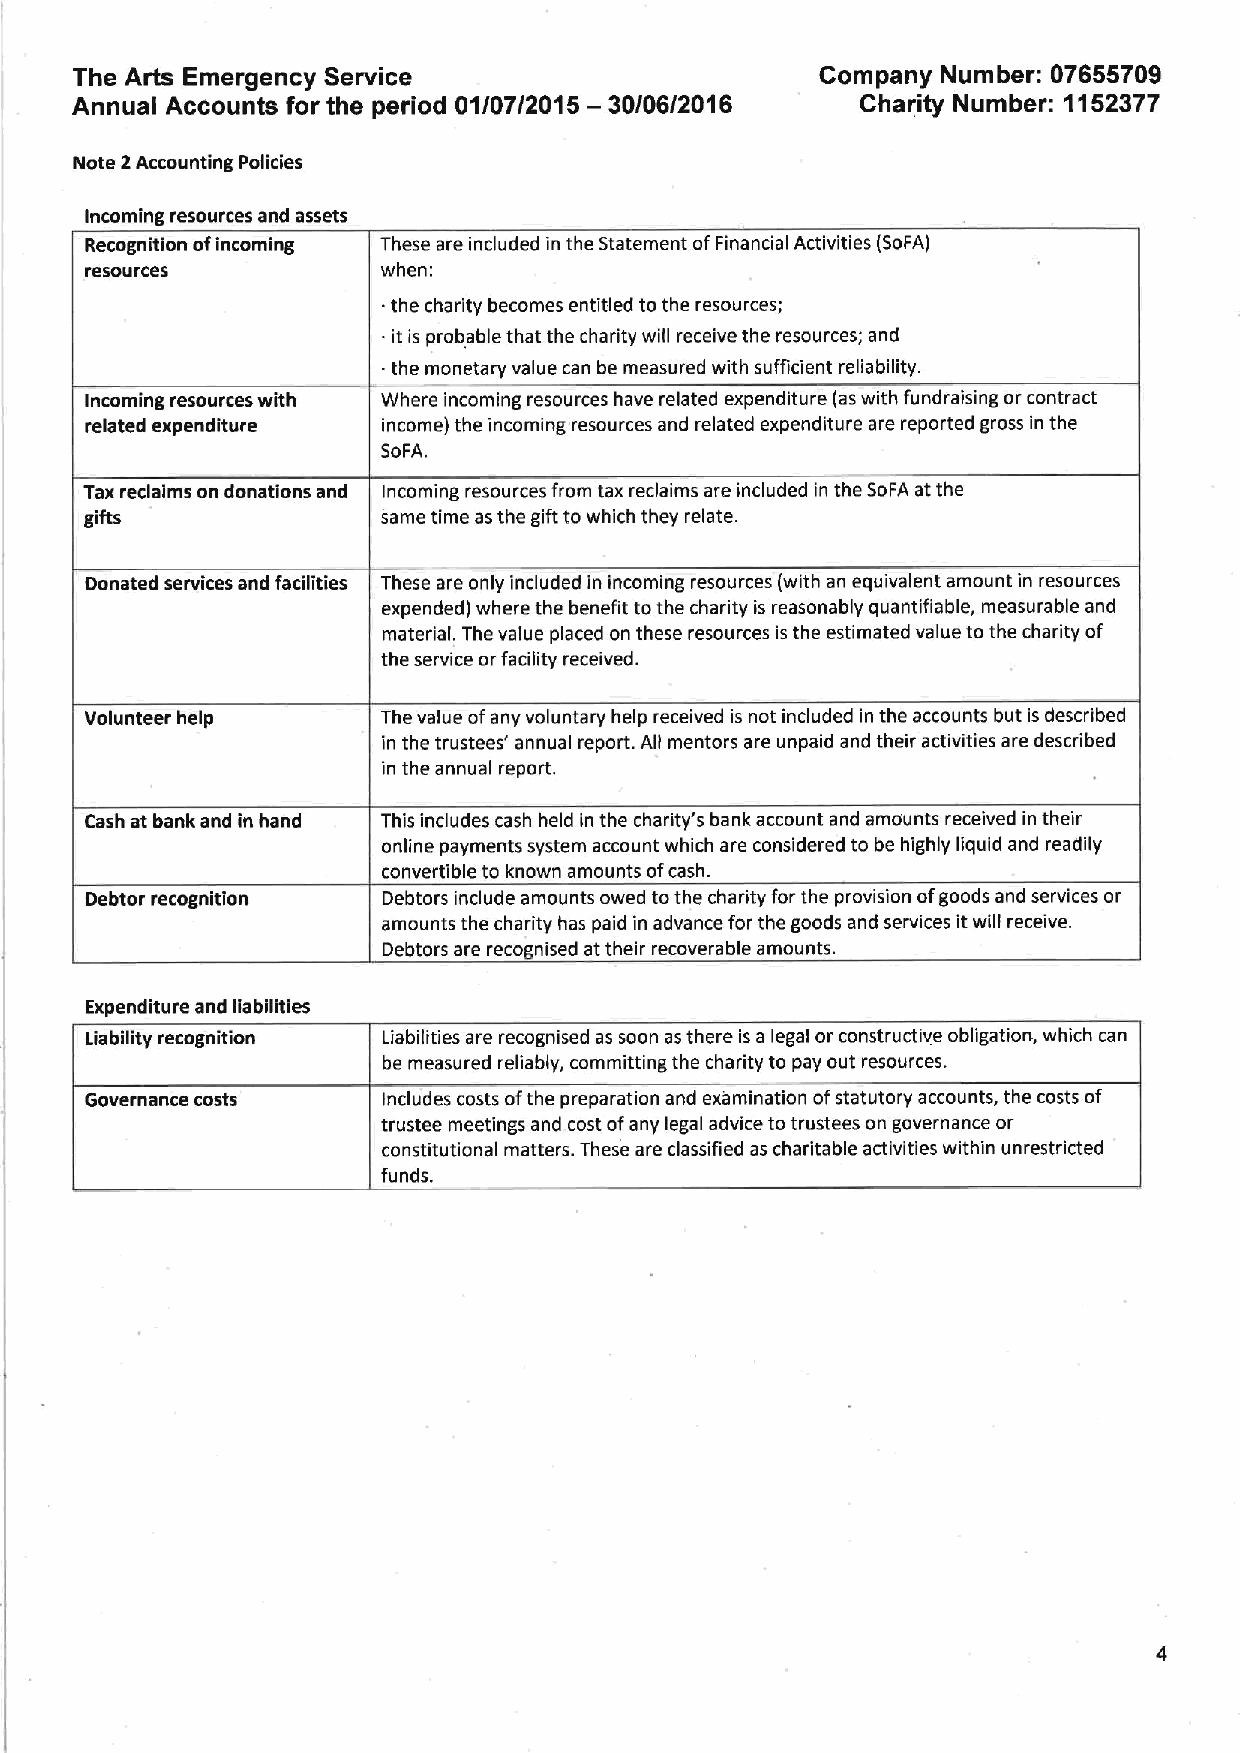
The Arts Emergency Service                       Company Number: 07655709
 Annual Accounts for the period 01/07/2015 — 30/06/2016 Charity Number: 1152377
 Note 2Accounting Policies
 Incoming resources and assets
 Recognition ofincoming These are included in the Statement ofFinancial Activities (SoFA)
 resources          when:
 the charity becomes entitled to the resources;
 .
 it is probable that the charity will receive the resources; and
 .
 the monetary value can be measured with sufficient reliability.
 Incoming resources with Where incoming resources have related expenditure (aswith fundraising or contract
 related expenditure income) the incoming resources and related expenditure are reported gross in the
 SoFA.
 Tax reclaims on donations and Incoming resources from tax reclaims are included in the SoFA at the
 gifts              same time as the gift to which they relate.
 Donated services and facilities These are only included in incoming resources (with an equivalent amount in resources
 expended) where the benefit tothe charity is reasonably quantifiable, measurable and
 material. The value placed on these resources is the estimated value to the charity of
 the service or facility received.
 Volunteer help     The value ofany voluntary help received is not included in the accounts but is described
 in the trustees' annual report. All mentors are unpaid and their activities are described
 in the annual report.
 Cash at bank and in hand This includes cash held in the charity's bank account and amounts received in their
 online payments system account which are considered to be highly liquid and readily
 convertible to known amounts ofcash.
 Debtor recognition Debtors include amounts owed tothe charity for the provision ofgoods and services or
 amounts the charity has paid in advance for the goods and services itwill receive.
 Debtors are recognised at their recoverable amounts.
 Expenditure and liabilities
 Liability recognition Liabilities are recognised as soon as there is a legal or constructive obligation, which can
 be measured reliably, committing the charity to pay out resources.
 Governance costs   Includes costs ofthe preparation and examination ofstatutory accounts, the costs of
 trustee meetings and cost ofany legal advice totrustees on governance or
 constitutional matters. These are classified as charitable activities within unrestricted
 funds.